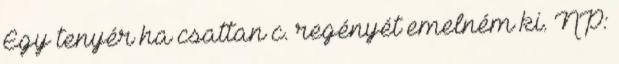
Egy tenyér ha csattan c. regényét emelném ki. NP: